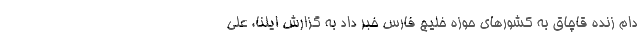
دام زنده قاچاق به کشورهای حوزه خلیج فارس خبر داد به گزارش ایلنا، علی